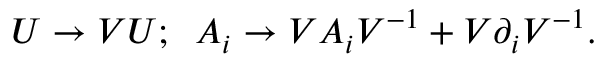
U \rightarrow V U ; \; \; A _ { i } \rightarrow V A _ { i } V ^ { - 1 } + V \partial _ { i } V ^ { - 1 } .